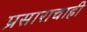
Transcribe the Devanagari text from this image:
प्रसाराचाही